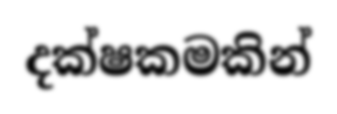
දක්ෂකමකින්